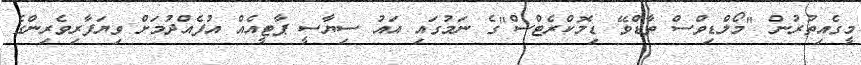
މީގެއިތުރުން "މޯލްޑިވްސް ތާޑްވޭ ޑިމޮކްރެޓްސް"ގެ ނަމުގައި އައު ސިޔާސީ ޕާޓީއެއް އުފެއްދުމަށް ވިޔަފާރިވެރިންގެ